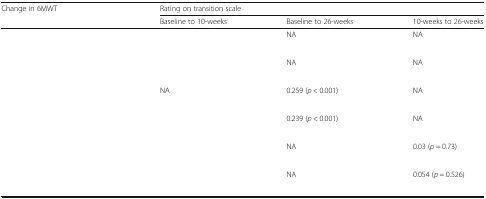
<table><thead><tr><td><b>Change in 6MWT</b></td><td colspan="3"><b>Rating on transition scale</b></td></tr><tr><td>[EMPTY_CELL]</td><td><b>Baseline to 10-weeks</b></td><td><b>Baseline to 26-weeks</b></td><td><b>10-weeks to 26-weeks</b></td></tr></thead><tbody><tr><td rowspan="2">[EMPTY_CELL]</td><td>[EMPTY_CELL]</td><td rowspan="2">NA</td><td rowspan="2">NA</td></tr><tr><td>[EMPTY_CELL]</td></tr><tr><td rowspan="2">[EMPTY_CELL]</td><td>[EMPTY_CELL]</td><td rowspan="2">NA</td><td rowspan="2">NA</td></tr><tr><td>[EMPTY_CELL]</td></tr><tr><td rowspan="2">[EMPTY_CELL]</td><td rowspan="2">NA</td><td>0.259 (<i>p</i> &lt; 0.001)</td><td rowspan="2">NA</td></tr><tr><td>[EMPTY_CELL]</td></tr><tr><td rowspan="2">[EMPTY_CELL]</td><td rowspan="2">[EMPTY_CELL]</td><td>0.239 (<i>p</i> &lt; 0.001)</td><td rowspan="2">NA</td></tr><tr><td>[EMPTY_CELL]</td></tr><tr><td rowspan="2">[EMPTY_CELL]</td><td rowspan="2">[EMPTY_CELL]</td><td rowspan="2">NA</td><td>0.03 (<i>p</i> = 0.73)</td></tr><tr><td>[EMPTY_CELL]</td></tr><tr><td rowspan="2">[EMPTY_CELL]</td><td rowspan="2">[EMPTY_CELL]</td><td rowspan="2">NA</td><td>0.054 (<i>p</i> = 0.526)</td></tr><tr><td>[EMPTY_CELL]</td></tr></tbody></table>